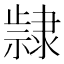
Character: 𮥵